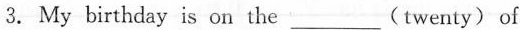
3. My birthday is on the___ (twenty) of